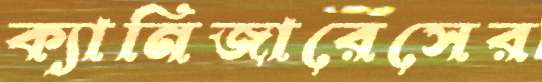
ক্যানিজারেসের